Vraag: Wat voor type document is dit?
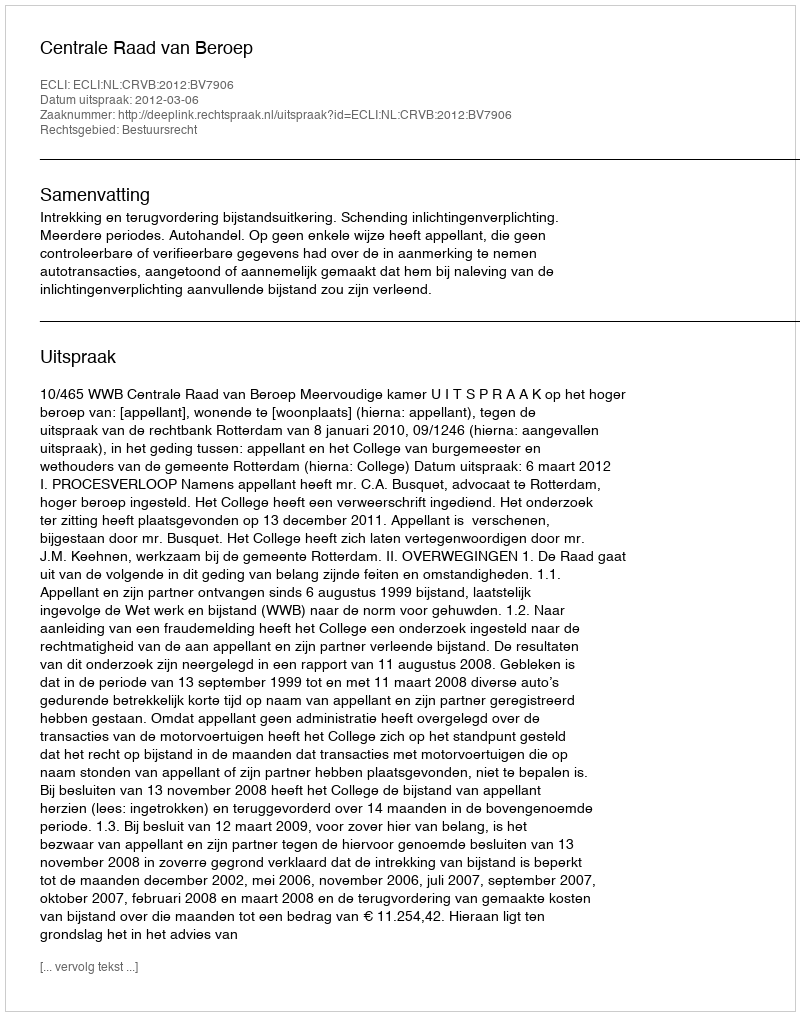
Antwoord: Uitspraak